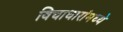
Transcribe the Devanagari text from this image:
विचाधारांमध्ये